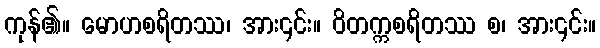
ကုန်၏။ မောဟစရိတဿ၊ အား၎င်း။ ဝိတက္ကစရိတဿ စ၊ အား၎င်း။